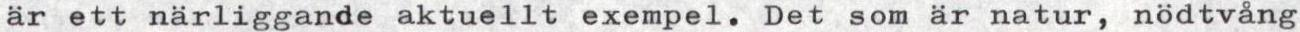
är ett närliggande aktuellt exempel. Det som är natur, nödtvång